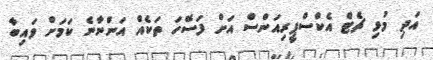
އަދި މުޅި ޗެޓް އެކްސްޕީރިއަންސް އަށް ފަސޭހަ ތަކެއް އަންނާނެ ކަމަށް ވައިބާ